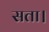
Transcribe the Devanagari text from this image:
सता।